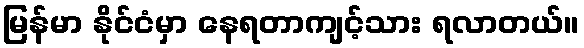
မြန်မာ နိုင်ငံမှာ နေရတာကျင့်သား ရလာတယ်။